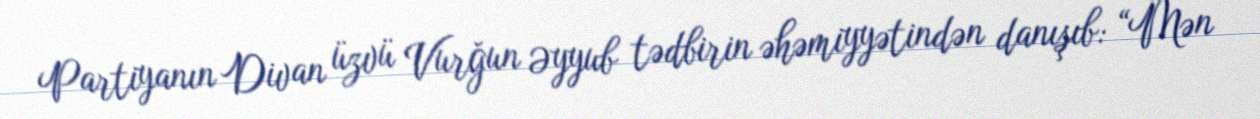
Partiyanın Divan üzvü Vurğun Əyyub tədbirin əhəmiyyətindən danışıb: “Mən